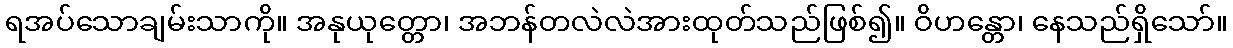
ရအပ်သောချမ်းသာကို။ အနုယုတ္တော၊ အဘန်တလဲလဲအားထုတ်သည်ဖြစ်၍။ ဝိဟန္တော၊ နေသည်ရှိသော်။